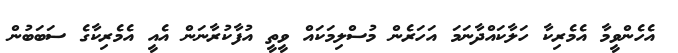
އެހެންވީމާ އެމެރިކާ ހަލާކައްދާނަމަ އަހަރެން މުސްލިމަކައް ވީތީ އުފާކުރާނަން އެއީ އެމެރިކާގެ ސަބަބުން